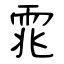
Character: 雿